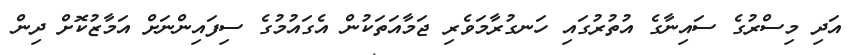
އަދި މިސްރުގެ ސައިނާގެ އުތުރުގައި ހަނގުރާމަވެރި ޖަމާއަތަކުން އެގައުމުގެ ސިފައިންނަށް އަމާޒުކޮށް ދިން